Civil Veterinary Department. United Provinces 1912-22 - 1912-1922
Year: 1912
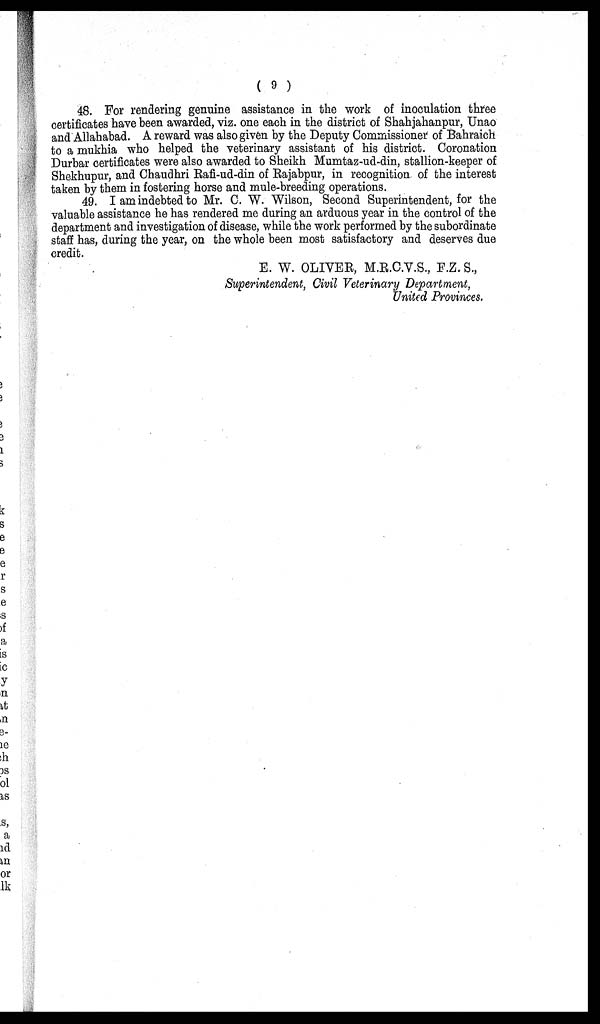
(9)
48. For rendering genuine assistance in the work of inoculation three
certificates have been awarded, viz. one each in the district of Shahjahanpur, Unao
and Allahabad. A reward was also given by the Deputy Commissioner of Bahraich
to a mukhia who helped the veterinary assistant of his district. Coronation
Durbar certificates were also awarded to Sheikh Mumtaz-ud-din, stallion-keeper of
Shekhupur, and Chaudhri Rafi-ud-din of Rajabpur, in recognition of the interest
taken by them in fostering horse and mule-breeding operations.
49. I am indebted to Mr. C. W. Wilson, Second Superintendent, for the
valuable assistance he has rendered me during an arduous year in the control of the
department and investigation of disease, while the work performed by the subordinate
staff has, during the year, on the whole been most satisfactory and deserves due
credit.
E. W. OLIVER, M.R.C.V.S., F.Z. S.,
Superintendent, Civil Veterinary Department,
United Provinces.